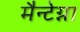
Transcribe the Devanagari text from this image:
मैन्टेग्ना